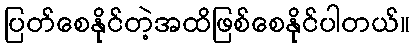
ပြတ်စေနိုင်တဲ့အထိဖြစ်စေနိုင်ပါတယ်။